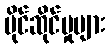
ပိုင်ဆိုင်မှုများ